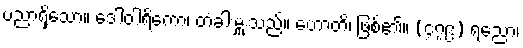
ပညာရှိသော။ ဒေါဝါရိကော၊ တံခါးမှူးသည်။ ဟောတိ၊ ဖြစ်၏။ (၄၇၉) ရညော၊